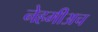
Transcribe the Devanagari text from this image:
नेहमीअच